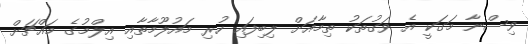
ވިސްނާ މަގަކީ އެ ވަގުތަކު ތިމާއަށް ލިބިފައި ހުރި މައުލޫމާތާއި އިލްމުގެ މައްޗަށް